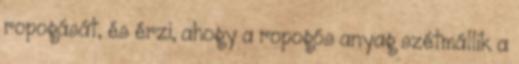
ropogását, és érzi, ahogy a ropogós anyag szétmállik a